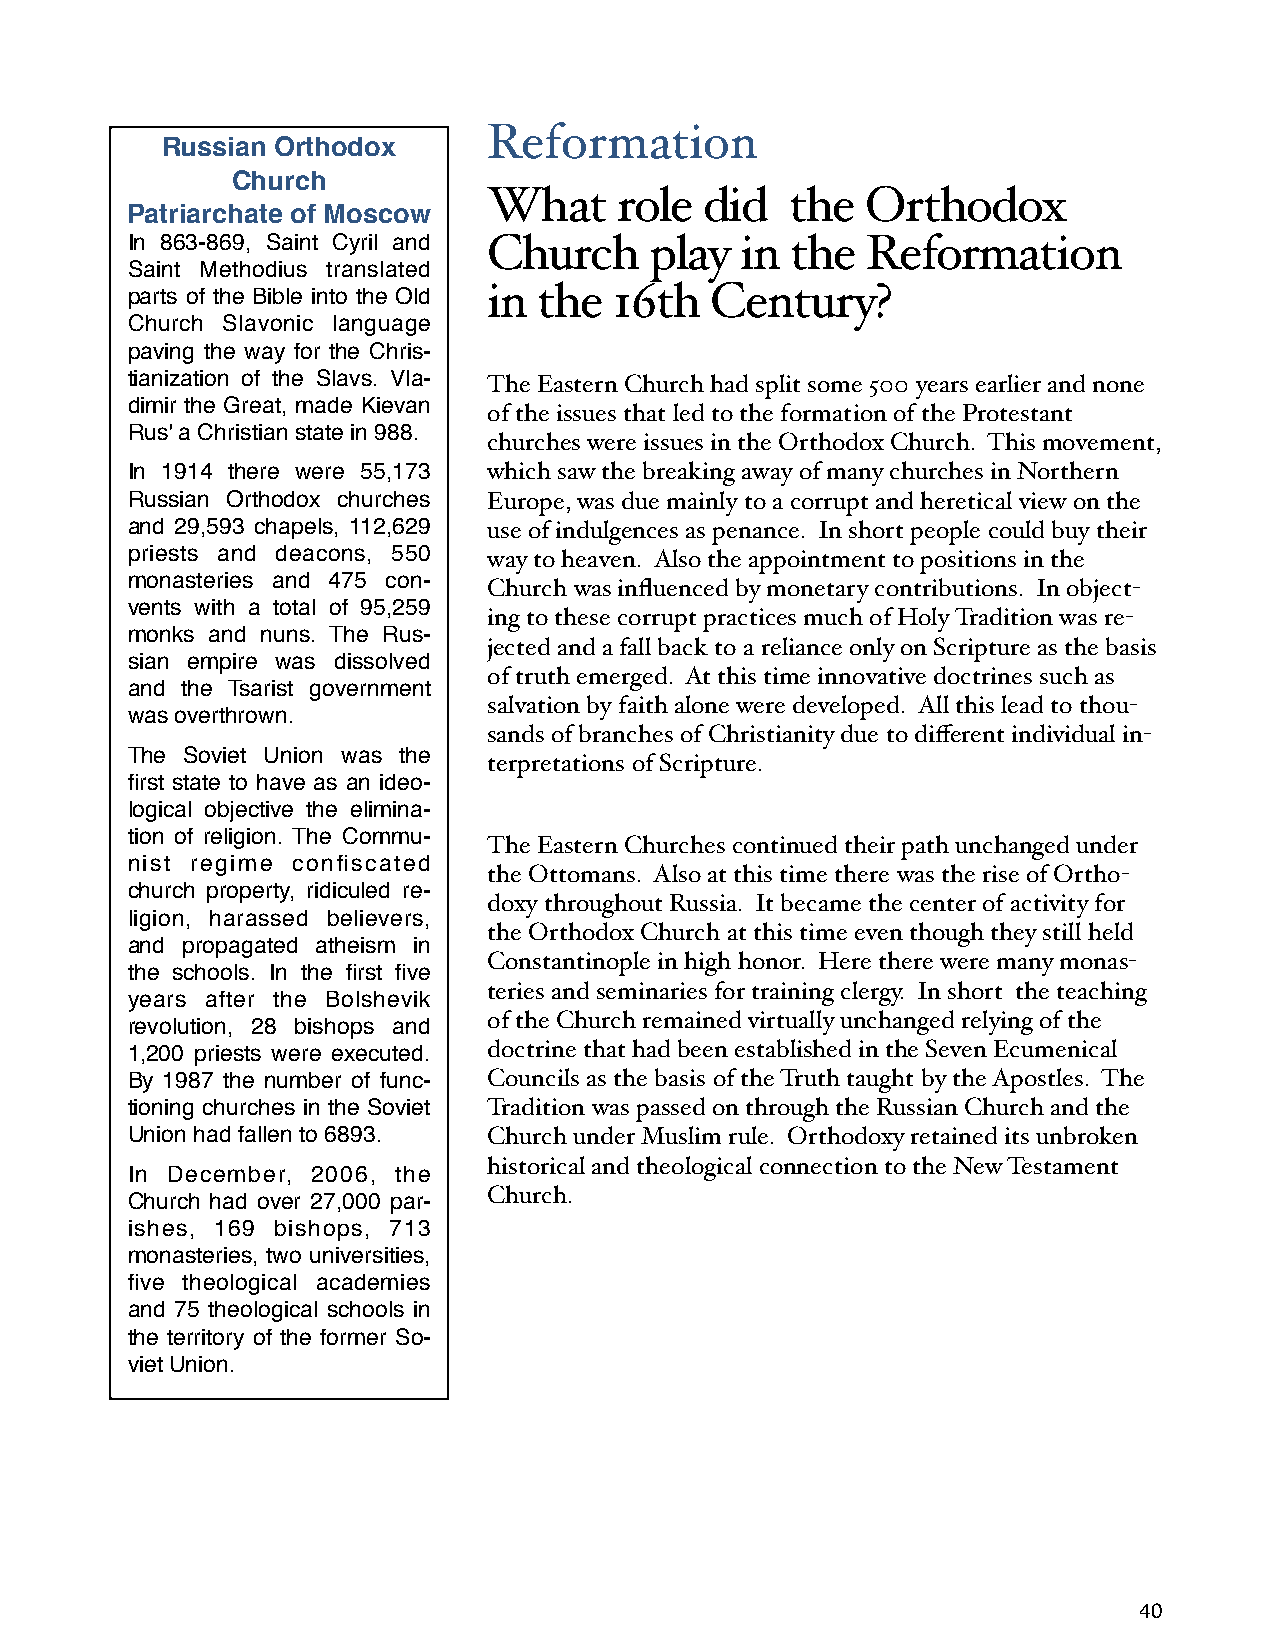
Reformation
 Russian Orthodox
 Church
 What     role  did  the  Orthodox
 Patriarchate of Moscow
 In 863-869, Saint Cyril and Church play  in the  Reformation
 Saint Methodius translated
 parts of the Bible into the Old in the 16th Century?
 Church Slavonic language
 paving the way for the Chris-
 tianization of the Slavs. Vla- The Eastern Church had split some 500 years earlier and none
 dimir the Great, made Kievan
 of the issues that led to the formation of the Protestant
 Rus' a Christian state in 988.
 churches were issues in the Orthodox Church. This movement,
 In 1914 there were 55,173 which saw the breaking away of many churches in Northern
 Russian Orthodox churches Europe, was due mainly to a corrupt and heretical view on the
 and 29,593 chapels, 112,629 use of indulgences as penance. In short people could buy their
 priests and deacons, 550 way to heaven. Also the appointment to positions in the
 monasteries and 475 con-
 Church was influenced by monetary contributions. In object-
 vents with a total of 95,259
 ing to these corrupt practices much of Holy Tradition was re-
 monks and nuns. The Rus-
 jected and a fall back to a reliance only on Scripture as the basis
 sian empire was dissolved
 of truth emerged. At this time innovative doctrines such as
 and the Tsarist government
 salvation by faith alone were developed. All this lead to thou-
 was overthrown.
 sands of branches of Christianity due to different individual in-
 The Soviet Union was the
 terpretations of Scripture.
 first state to have as an ideo-
 logical objective the elimina-
 tion of religion. The Commu-
 The Eastern Churches continued their path unchanged under
 nist regime confiscated
 the Ottomans. Also at this time there was the rise of Ortho-
 church property, ridiculed re-
 doxy throughout Russia. It became the center of activity for
 ligion, harassed believers,
 the Orthodox Church at this time even though they still held
 and propagated atheism in
 Constantinople in high honor. Here there were many monas-
 the schools. In the first five
 teries and seminaries for training clergy. In short the teaching
 years after the Bolshevik
 of the Church remained virtually unchanged relying of the
 revolution, 28 bishops and
 1,200 priests were executed. doctrine that had been established in the Seven Ecumenical
 By 1987 the number of func- Councils as the basis of the Truth taught by the Apostles. The
 tioning churches in the Soviet Tradition was passed on through the Russian Church and the
 Union had fallen to 6893. Church under Muslim rule. Orthodoxy retained its unbroken
 historical and theological connection to the New Testament
 In December, 2006, the
 Church.
 Church had over 27,000 par-
 ishes, 169 bishops, 713
 monasteries, two universities,
 five theological academies
 and 75 theological schools in
 the territory of the former So-
 viet Union.
 40